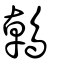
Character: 鵫